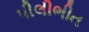
પીલીભીત